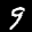
Label: 9